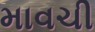
માવચી